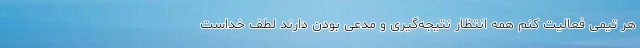
هر تیمی فعالیت کنم همه انتظار نتیجه‌گیری و مدعی بودن دارند لطف خداست